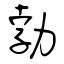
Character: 勃